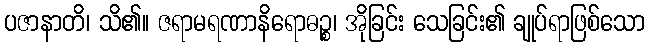
ပဇာနာတိ၊ သိ၏။ ဇရာမရဏာနိရောဓဉ္စ၊ အိုခြင်း သေခြင်း၏ ချုပ်ရာဖြစ်သော